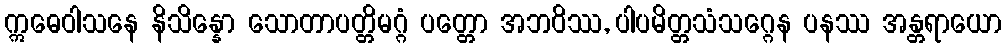
ဣဓေဝါသနေ နိသိန္နော သောတာပတ္တိမဂ္ဂံ ပတ္တော အဘဝိဿ, ပါပမိတ္တသံသဂ္ဂေန ပနဿ အန္တရာယော